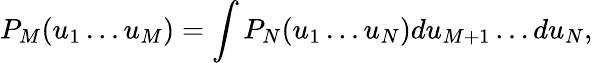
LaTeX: P_{M}(u_{1}\dots u_{M})=\int P_{N}(u_{1}\dots u_{N})du_{M+1}\dots du_{N},